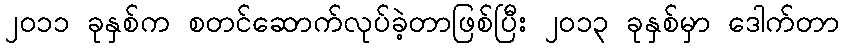
၂၀၁၁ ခုနှစ်က စတင်ဆောက်လုပ်ခဲ့တာဖြစ်ပြီး ၂၀၁၃ ခုနှစ်မှာ ဒေါက်တာ